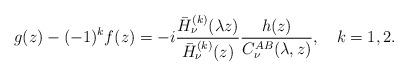
LaTeX: \begin{align*}g(z)-(-1)^kf(z)=-i\frac{\bar H_\nu ^{(k)}(\lambda z)}{\bar H_\nu ^{(k)}(z)}\frac{h(z)}{C^{AB}_{\nu }(\lambda ,z)},\quad k=1,2.\end{align*}